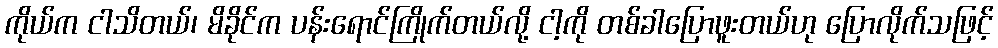
ကိုယ်က ငါသိတယ်၊ မိခိုင်က ပန်းရောင်ကြိုက်တယ်လို့ ငါ့ကို တစ်ခါပြောဖူးတယ်ဟု ပြောလိုက်သဖြင့်